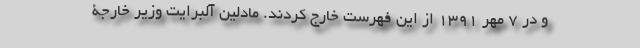
و در 7 مهر 1391 از این فهرست خارج کردند. مادلین آلبرایت وزیر خارجۀ